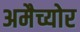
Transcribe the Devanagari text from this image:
अमैच्योर